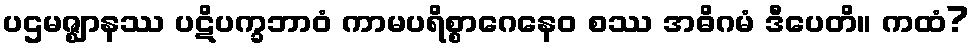
ပဌမဇ္ဈာနဿ ပဋိပက္ခဘာဝံ ကာမပရိစ္စာဂေနေဝ စဿ အဓိဂမံ ဒီပေတိ။ ကထံ?